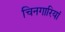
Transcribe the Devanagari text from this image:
चिनगारियां